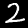
Label: 2